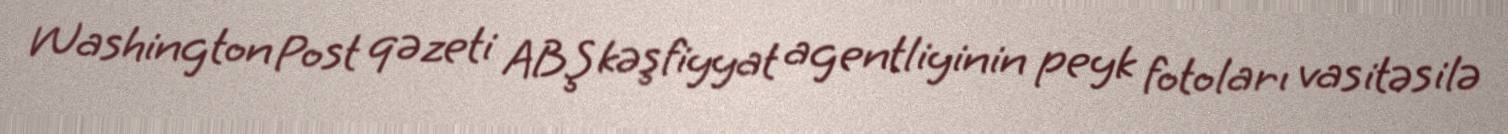
Washington Post qəzeti ABŞ kəşfiyyat agentliyinin peyk fotoları vasitəsilə